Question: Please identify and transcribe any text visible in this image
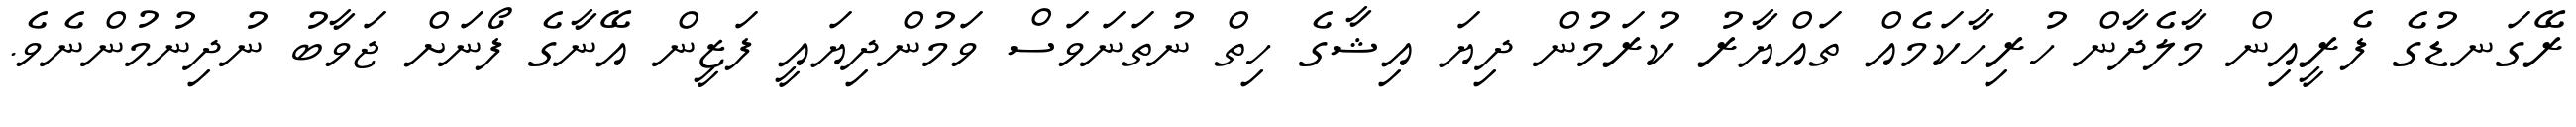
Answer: ރޭގަނޑުގެ ފެރީއިން މާލެދާން ހުރިހާކަމެއް ތައްޔާރު ކުރަމުން ދިޔަ އިޝާގެ ހިތް ނުތަނަވަސް ވަމުންދިޔައީ ފަޒީން އޭނާގެ ފޯނަށް ޖަވާބު ނުދިނުމުންނެވެ.